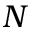
N